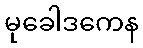
မုခေါဒကေန